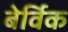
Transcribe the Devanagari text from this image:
बेर्विक